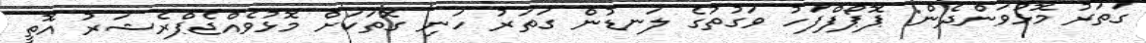
ގަތަރު މޮޅުވަންދެން: ޕޮޕޯފްފަހު ވަގުތުގެ ލަނޑުން ގަތަރު ހަނި ގޮތަކަށް މޮޅުވެއްޖެޕްރެޝަރު އޮތީ